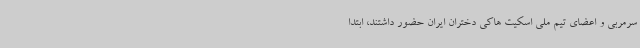
سرمربی و اعضای تیم ملی اسکیت هاکی دختران ایران حضور داشتند، ابتدا